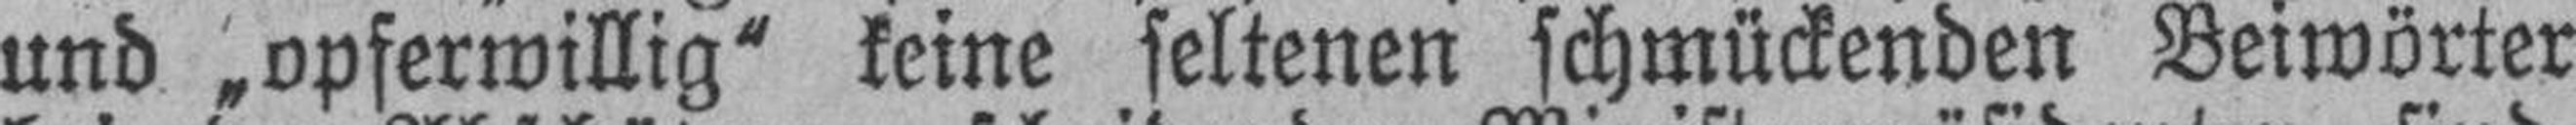
und „opferwillig“ keine seltenen schmückenden Beiwörter